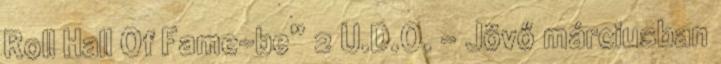
Roll Hall Of Fame-be” 2 U.D.O. – Jövő márciusban